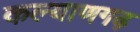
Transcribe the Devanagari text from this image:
कल्याणगढ़